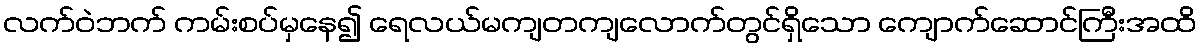
လက်ဝဲဘက် ကမ်းစပ်မှနေ၍ ရေလယ်မကျတကျလောက်တွင်ရှိသော ကျောက်ဆောင်ကြီးအထိ